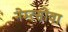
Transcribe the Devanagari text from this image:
नेम्त्सोवा